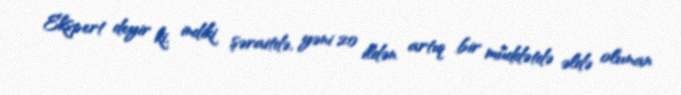
Ekspert deyir ki, indiki şəraitdə, yəni 20 ildən artıq bir müddətdə əldə olunan